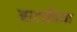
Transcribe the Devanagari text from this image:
बाटाविया